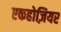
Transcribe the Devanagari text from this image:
एकहोज़ियर